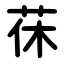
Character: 茠